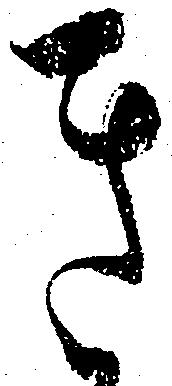
き